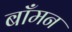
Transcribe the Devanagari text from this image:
बाँमन